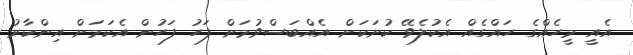
އެއީ މީހެއްގެ ހައްގެއް އެކުލެވޭ ކުށަކަށް އެއްބަސްވުމަށް ފަހު ފަހުން އެކަމަށް އިންކާރު